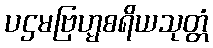
ပဌမဗြဟ္မစရိယသုတ္တံ